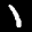
Label: 1